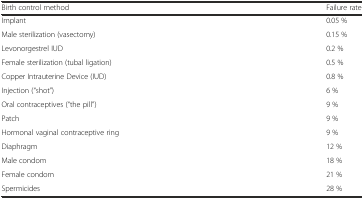
| Birth control method | Failure rate |
 | --- | --- |
 | Implant | 0.05 % |
 | Male sterilization (vasectomy) | 0.15 % |
 | Levonorgestrel IUD | 0.2 % |
 | Female sterilization (tubal ligation) | 0.5 % |
 | Copper Intrauterine Device (IUD) | 0.8 % |
 | Injection (“shot”) | 6 % |
 | Oral contraceptives (“the pill”) | 9 % |
 | Patch | 9 % |
 | Hormonal vaginal contraceptive ring | 9 % |
 | Diaphragm | 12 % |
 | Male condom | 18 % |
 | Female condom | 21 % |
 | Spermicides | 28 % |